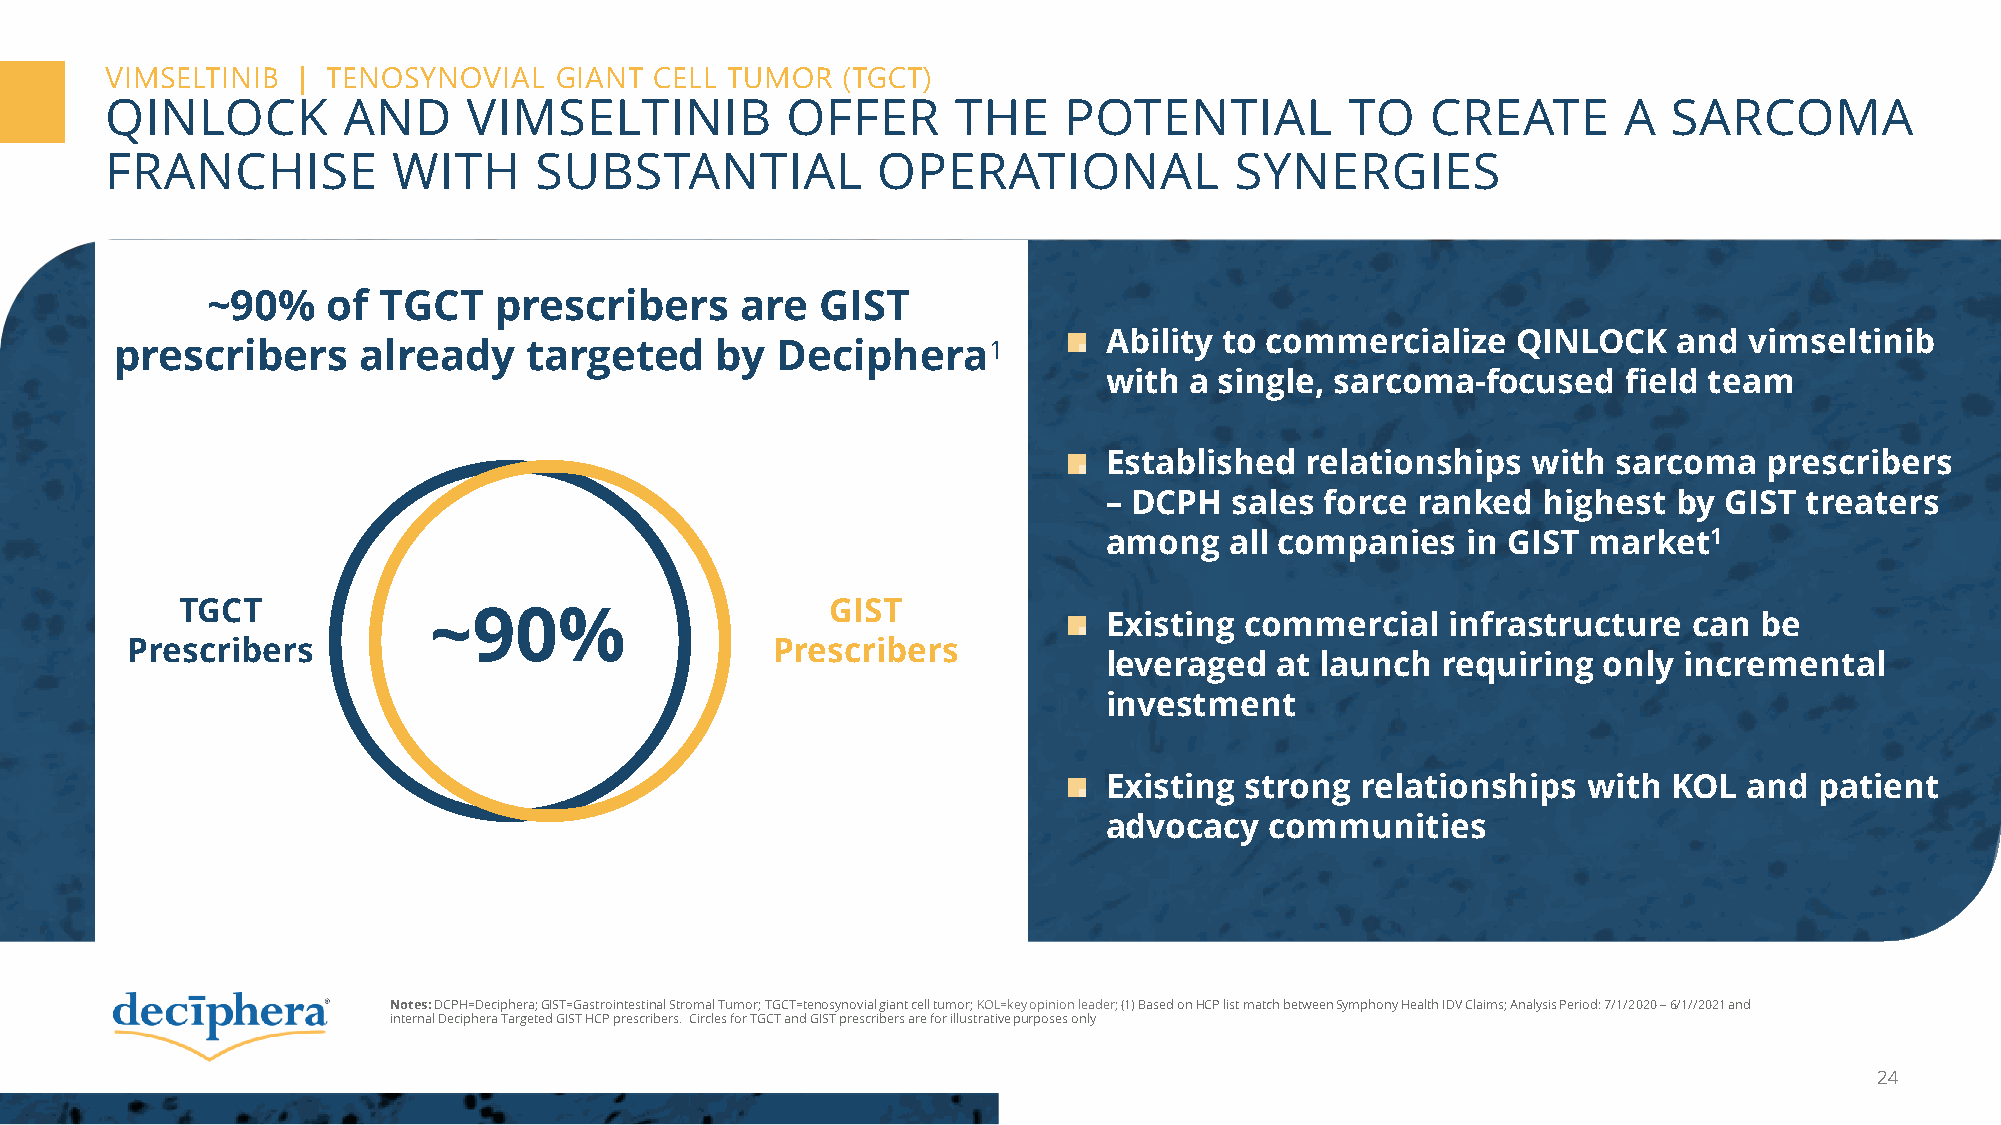
VIMSELTINIB  | TENOSYNOVIAL   GIANT CELL TUMOR   (TGCT)
 QINLOCK         AND     VIMSELTINIB          OFFER      THE    POTENTIAL          TO    CREATE      A   SARCOMA
 FRANCHISE          WITH     SUBSTANTIAL            OPERATIONAL             SYNERGIES
 ~90%    of TGCT    prescribers     are  GIST
 Ability to commercialize   QINLOCK    and  vimseltinib
 prescribers     already    targeted    by  Deciphera1
 with  a single, sarcoma-focused    field team
 Established  relationships  with  sarcoma   prescribers
 – DCPH   sales force ranked  highest  by GIST treaters
 among   all companies   in GIST market1
 TGCT                                       GIST
 ~90%
 Existing commercial    infrastructure  can be
 Prescribers                                Prescribers
 leveraged  at launch  requiring  only incremental
 investment
 Existing strong  relationships  with  KOL  and patient
 advocacy   communities
 Notes: DCPH=Deciphera;GIST=Gastrointestinal Stromal Tumor;TGCT=tenosynovialgiant cell tumor; KOL=key opinion leader; (1) Based on HCP list match between Symphony Health IDV Claims; Analysis Period: 7/1/2020 –6/1//2021 and
 internal Deciphera Targeted GIST HCP prescribers. Circles for TGCT and GIST prescribers are for illustrative purposes only
 24